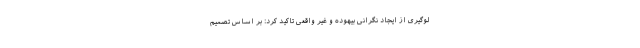
لوگیری از ایجاد نگرانی بیهوده و غیر واقعی تاکید کرد: بر اساس تصمیم